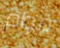
قوام